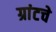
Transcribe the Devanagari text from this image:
ग्रांटचे